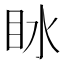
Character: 𰛙